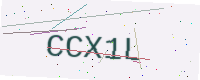
Text: CCX1L